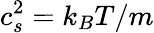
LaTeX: c_{s}^{2}=k_{B}T/m